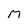
Character: M